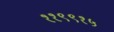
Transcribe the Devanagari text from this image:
११९९१५